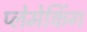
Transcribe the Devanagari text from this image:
प्लेमेकिंग